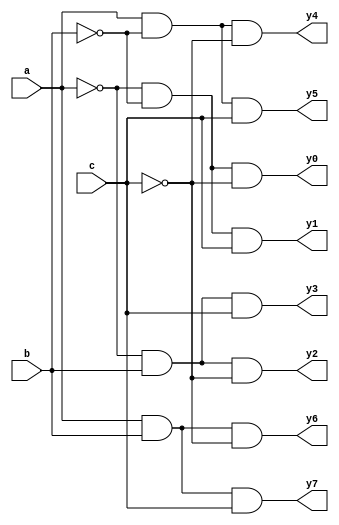
`timescale 1ns / 1ps
//////////////////////////////////////////////////////////////////////////////////
// Company: 
// Engineer: 
// 
// Design Name: 
// Module Name: decoder3_8
// Project Name: 
// Target Devices: 
// Tool Versions: 
// Description: 
// 
// Dependencies: 
// 
// Revision:
// Revision 0.01 - File Created
// Additional Comments:
// 
//////////////////////////////////////////////////////////////////////////////////


module decoder3_8(
    input a,
    input b,
    input c,
    output y0,y1,y2,y3,y4,y5,y6,y7
    );
    assign y0=(~a)&(~b)&(~c);
    assign y1=(~a)&(~b)&c;
    assign y2=(~a)&b&(~c);
    assign y3=(~a)&b&c;
    assign y4=a&(~b)&(~c);
    assign y5=a&(~b)&c;
    assign y6=a&b&(~c);
    assign y7=a&b&c;
    
endmodule